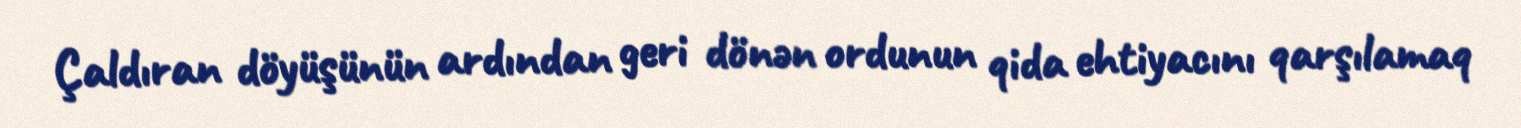
Çaldıran döyüşünün ardından geri dönən ordunun qida ehtiyacını qarşılamaq